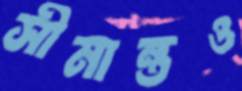
সীমান্তও